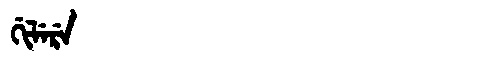
Manchu: ᡤᡳᠯᡝᡵᡝ
Romanization: GILERE